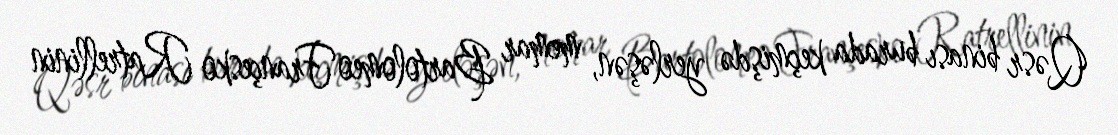
Qəsr binası burada keçmişdə yerləşən, memar Bartolomeo Françesko Ratrellinin